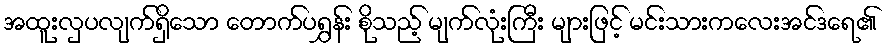
အထူးလှပလျက်ရှိသော တောက်ပရွှန်း စိုသည့် မျက်လုံးကြီး များဖြင့် မင်းသားကလေးအင်ဒရေ၏